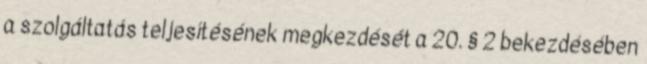
a szolgáltatás teljesítésének megkezdését a 20. § 2 bekezdésében